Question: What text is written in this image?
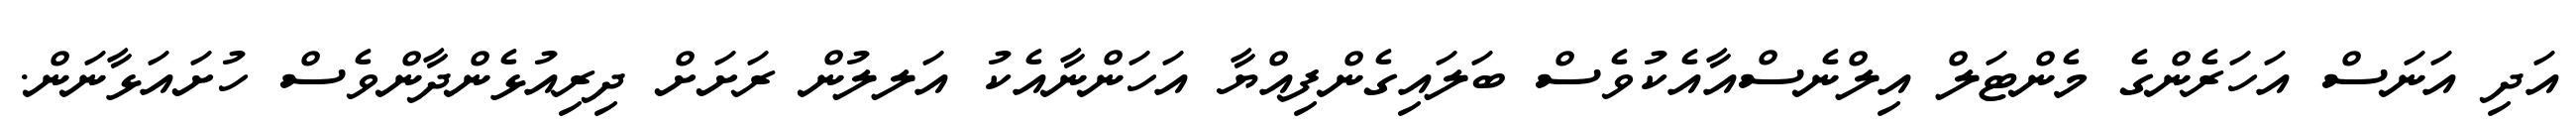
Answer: އަދި އަނަސް އަހަރެންގެ މެންޓަލް އިލްނެސްއާއެކުވެސް ބަލައިގެންފިއްޔާ އަހަންނާއެކު އަލލުން ރަށަށް ދިރިއުޅެންދާންވެސް ހުށައަޅާނަން.